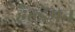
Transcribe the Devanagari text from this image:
हैल्डेमन